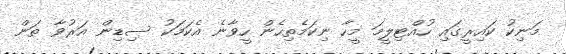
މަނިކު ކައިރީގައި ހުއްޓިލީމަ މީހާ ނިކަމެތިހެން ހީވާނެ އެކަމަކު ސިޑިން އަރުވާ ތަން